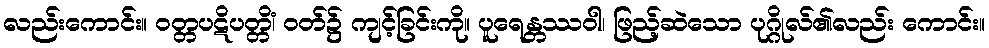
လည်းကောင်း။ ဝတ္တပဋိပတ္တိံ၊ ဝတ်၌ ကျင့်ခြင်းကို။ ပူရေန္တဿဝါ၊ ဖြည့်ဆဲသော ပုဂ္ဂိုလ်၏လည်း ကောင်း။